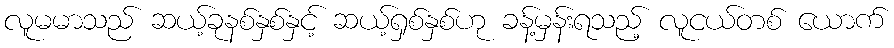
လူမမာသည် ဆယ့်ခုနစ်နှစ်နှင့် ဆယ့်ရှစ်နှစ်ဟု ခန့်မှန်းရသည့် လူငယ်တစ် ယောက်